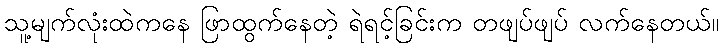
သူ့မျက်လုံးထဲကနေ ဖြာထွက်နေတဲ့ ရဲရင့်ခြင်းက တဖျပ်ဖျပ် လက်နေတယ်။